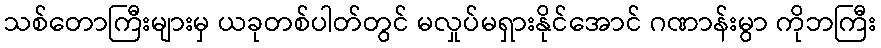
သစ်တောကြီးများမှ ယခုတစ်ပါတ်တွင် မလှုပ်မရှားနိုင်အောင် ဂဏာန်းမွာ ကိုဘကြီး